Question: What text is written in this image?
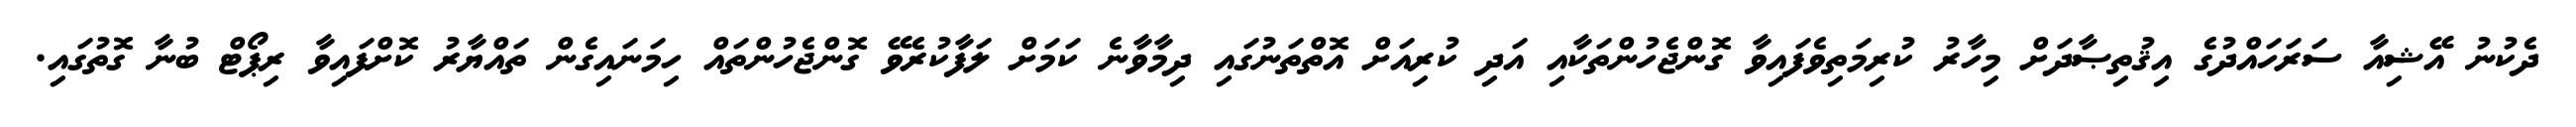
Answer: ދެކުނު އޭޝިއާ ސަރަހައްދުގެ އިޤުތިޞާދަށް މިހާރު ކުރިމަތިވެފައިވާ ގޮންޖެހުންތަކާއި އަދި ކުރިއަށް އޮތްތަނުގައި ދިމާވާނެ ކަމަށް ލަފާކުރެވޭ ގޮންޖެހުންތައް ހިމަނައިގެން ތައްޔާރު ކޮށްފައިވާ ރިޕޯޓް ބުނާ ގޮތުގައި.